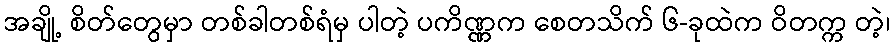
အချို့ စိတ်တွေမှာ တစ်ခါတစ်ရံမှ ပါတဲ့ ပကိဏ္ဏက စေတသိက် ၆-ခုထဲက ဝိတက္က တဲ့၊